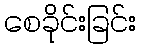
စေခိုင်းခြင်း